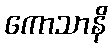
ကောသာနိ